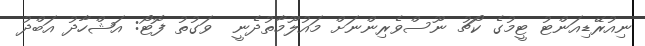
ނިއުރޭޑިއަންޓު ޓީމުގެ ކޯޗު ނޫސްވެރިންނަށް މައުލޫމާތުދެނީ  ވަގުތު ފޮޓޯ: އަޝްހާދު އަބްދު